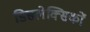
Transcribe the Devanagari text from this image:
डिसलेक्सिकों